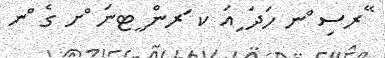
ޭރސި ްނ ހަދަ ިއަ ކ ަރން ީޓނަ ްށ ގެ ްނ